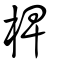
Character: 椑